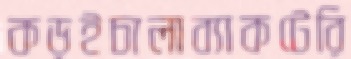
কড়ইচালাব্যাকটেরি